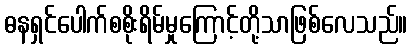
ဓနရှင်ပေါက်စစိုးရိမ်မှုကြောင့်တို့သာဖြစ်လေသည်။